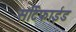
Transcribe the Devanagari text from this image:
सर्टिफाईड